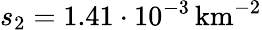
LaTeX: s_{2}=1.41\cdot 10^{-3}\, \mathrm{km^{-2}}